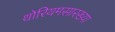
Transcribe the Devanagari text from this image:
थोरियमसारख्या